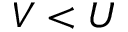
V < U